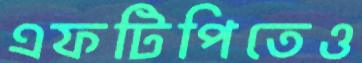
এফটিপিতেও